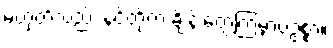
မဟုတ်လည်း နင်တို့က ချိန်းတွေ့ကြမှာပဲဥစ္စာ။